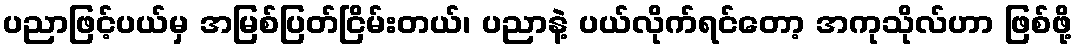
ပညာဖြင့်ပယ်မှ အမြစ်ပြတ်ငြိမ်းတယ်၊ ပညာနဲ့ ပယ်လိုက်ရင်တော့ အကုသိုလ်ဟာ ဖြစ်ဖို့